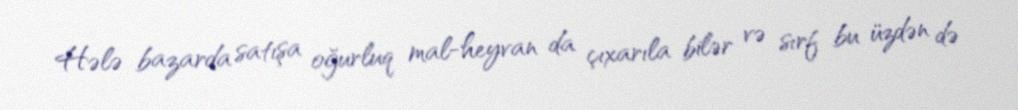
Hələ bazarda satışa oğurluq mal-heyvan da çıxarıla bilər və sırf bu üzdən də